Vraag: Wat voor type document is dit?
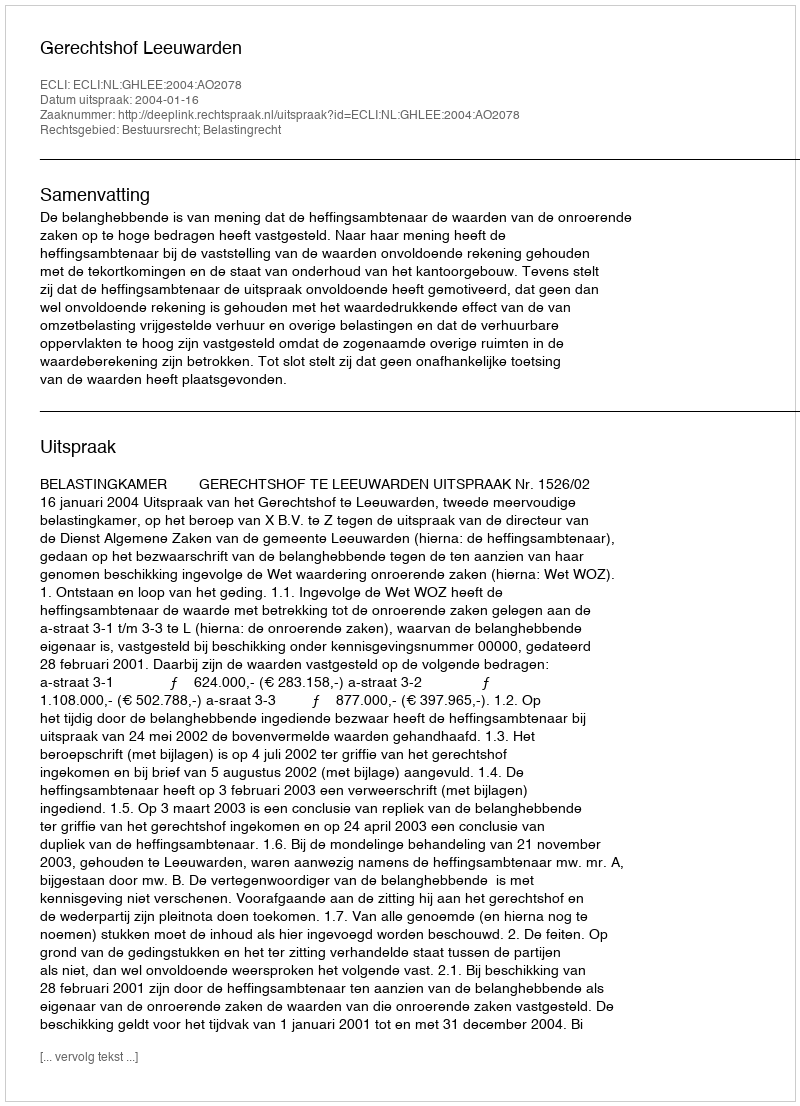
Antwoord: Uitspraak